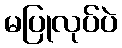
မပြုလုပ်ပဲ